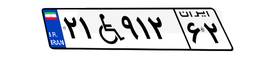
۶۴W۱۰۳۰۲